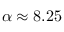
\alpha \approx 8 . 2 5